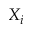
X _ { i }